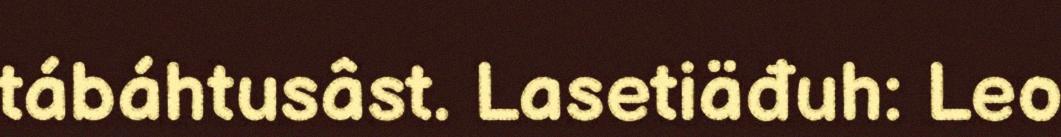
tábáhtusâst. Lasetiäđuh: Leo